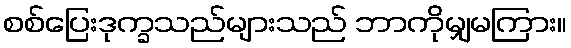
စစ်ပြေးဒုက္ခသည်များသည် ဘာကိုမျှမကြား။